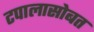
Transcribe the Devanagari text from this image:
टपालासोबत